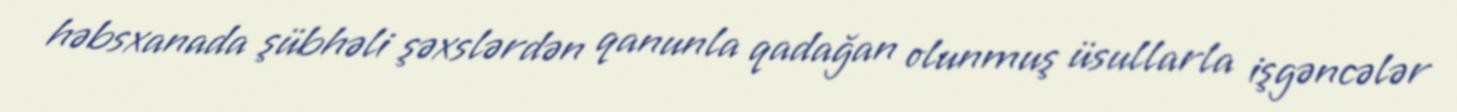
həbsxanada şübhəli şəxslərdən qanunla qadağan olunmuş üsullarla işgəncələr